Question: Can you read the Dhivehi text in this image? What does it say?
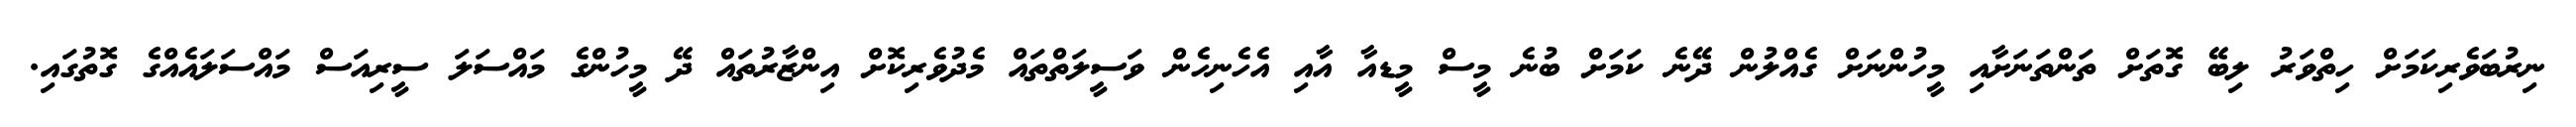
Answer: ނިރުބަވެރިކަމަށް ހިތްވަރު ލިބޭ ގޮތަށް ތަންތަނަށާއި މީހުންނަށް ގެއްލުން ދޭނެ ކަމަށް ބުނެ މީސް މީޑއާ އާއި އެހެނިހެން ވަސީލަތްތައް މެދުވެރިކޮށް އިންޒާރުތައް ދޭ މީހުންގެ މައްސަލަ ސީރިއަސް މައްސަލައެއްގެ ގޮތުގައި.